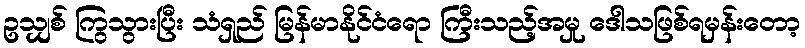
ဥသျှစ် ကြွသွားပြီး သံရှည် မြန်မာနိုင်ငံရော ကြီးသည့်အမှု ဒေါသဖြစ်ရမှန်းတော့